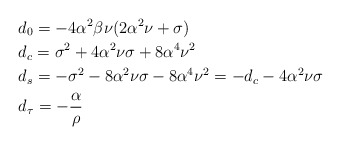
\begin{align*}& d_0 = -4\alpha^2\beta\nu(2\alpha^2 \nu+\sigma)\\& d_c = \sigma^2+4\alpha^2\nu \sigma + 8 \alpha^4\nu^2\\& d_s = -\sigma^2-8\alpha^2\nu \sigma - 8 \alpha^4\nu^2=-d_c-4\alpha^2\nu \sigma\\& d_\tau = -\frac{\alpha}{\rho}\end{align*}